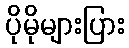
ပိုမိုများပြား